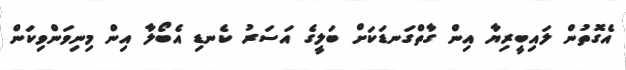
އެގޮތުން ލައިބީރިޔާ އިން ގާތްގަނޑަކަށް ބަލީގެ އަސަރު ކެނޑި އެބޯލާ އިން މިނިވަންވިކަން